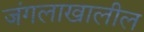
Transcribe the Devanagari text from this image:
जंगलाखालील